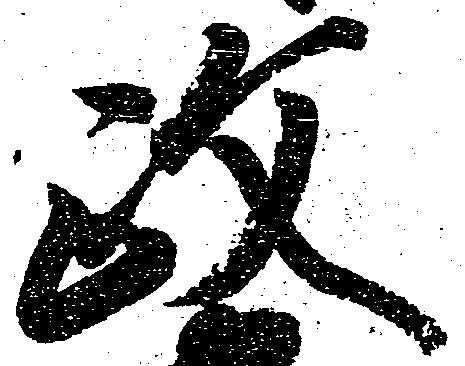
政